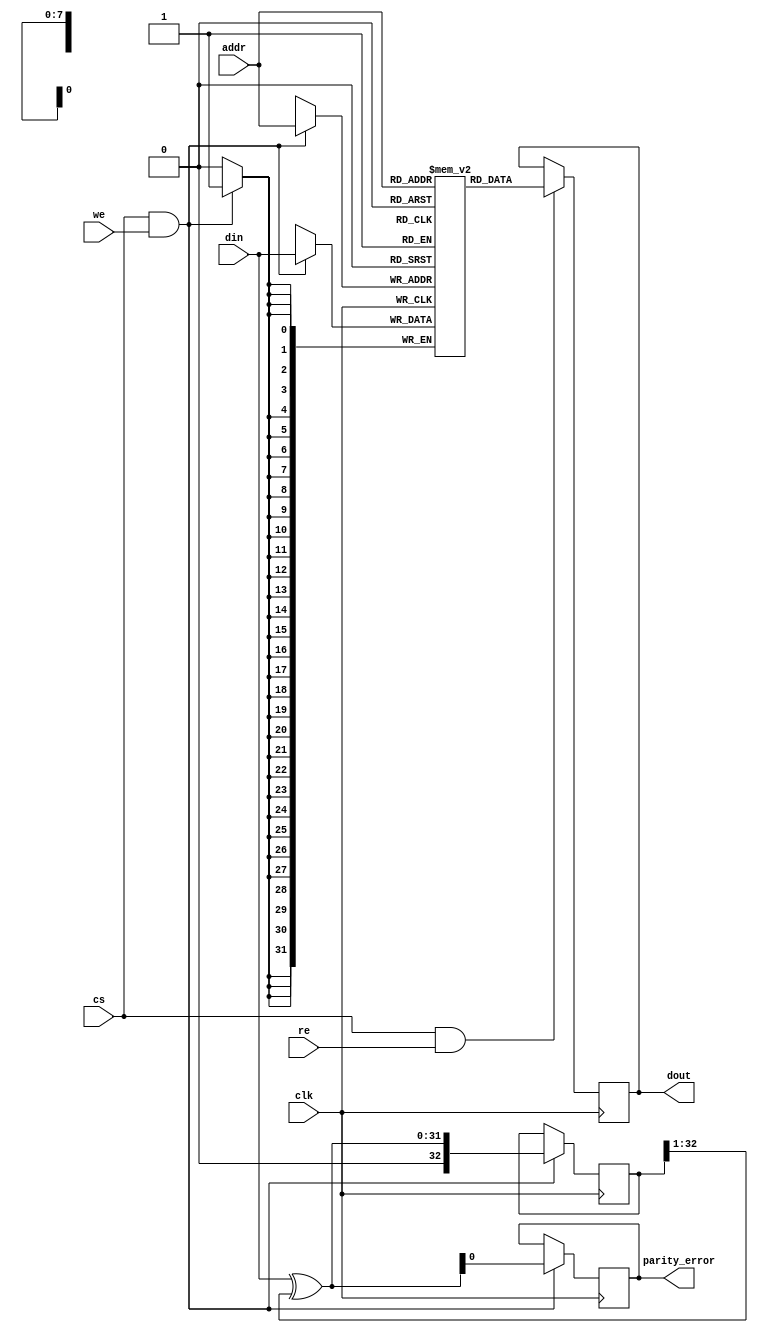
module ScratchpadMemory #(
    parameter DATA_WIDTH = 32,       // Data width (8, 16, 32 bits)
    parameter ADDR_WIDTH = 8          // Address width (for 256 bytes)
)(
    input wire clk,                   // Clock signal
    input wire cs,                    // Chip Select
    input wire we,                    // Write Enable
    input wire re,                    // Read Enable
    input wire [ADDR_WIDTH-1:0] addr, // Address input
    input wire [DATA_WIDTH-1:0] din,  // Data input
    output reg [DATA_WIDTH-1:0] dout,  // Data output
    output reg parity_error           // Parity error flag (optional)
);

    // Memory array
    reg [DATA_WIDTH-1:0] memory [(2**ADDR_WIDTH)-1:0];

    // Parity bit (optional)
    reg [DATA_WIDTH:0] parity; // Extra bit for parity

    // Initialize memory
    integer i;
    initial begin
        for (i = 0; i < (2**ADDR_WIDTH); i = i + 1) begin
            memory[i] = {DATA_WIDTH{1'b0}}; // Initialize to zero
        end
        parity_error = 1'b0; // Initialize parity error
    end

    // Write operation
    always @(posedge clk) begin
        if (cs && we) begin
            memory[addr] <= din; // Write data to memory
            // Optional: Calculate parity
            parity = {1'b0, din} ^ (parity >> 1);
            parity_error <= parity[0]; // Check for parity error
        end
    end

    // Read operation
    always @(posedge clk) begin
        if (cs && re) begin
            dout <= memory[addr]; // Read data from memory
        end
    end

endmodule